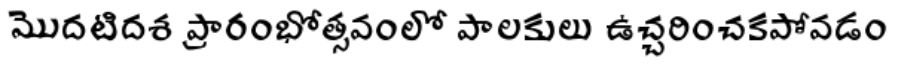
మొదటిదశ ప్రారంభోత్సవంలో పాలకులు ఉచ్చరించకపోవడం